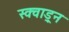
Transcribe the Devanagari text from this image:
स्क्वाड्र्न